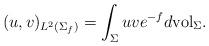
LaTeX: \begin{align*}(u,v)_{L^2(\Sigma_f)}=\int_{\Sigma} uv e^{-f}d\mathrm{vol}_{\Sigma}.\end{align*}